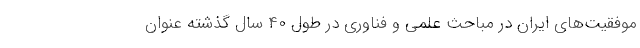
موفقیت‌های ایران در مباحث علمی و فناوری در طول ۴۰ سال گذشته عنوان